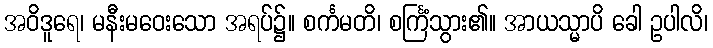
အဝိဒူရေ၊ မနီးမဝေးသော အရပ်၌။ စင်္ကမတိ၊ စင်္ကြံသွား၏။ အာယသ္မာပိ ခေါ ဥပါလိ၊